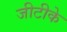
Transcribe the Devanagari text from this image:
जीटीके